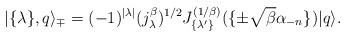
LaTeX: \begin{align*}| \{ \lambda \}, q \rangle_{\mp} =(-1)^{|\lambda|}(j_{\lambda}^{\beta})^{1/2}J_{\{ \lambda' \} }^{(1/\beta)}(\{ \pm \sqrt{\beta} \alpha_{-n} \} )|q \rangle.\end{align*}